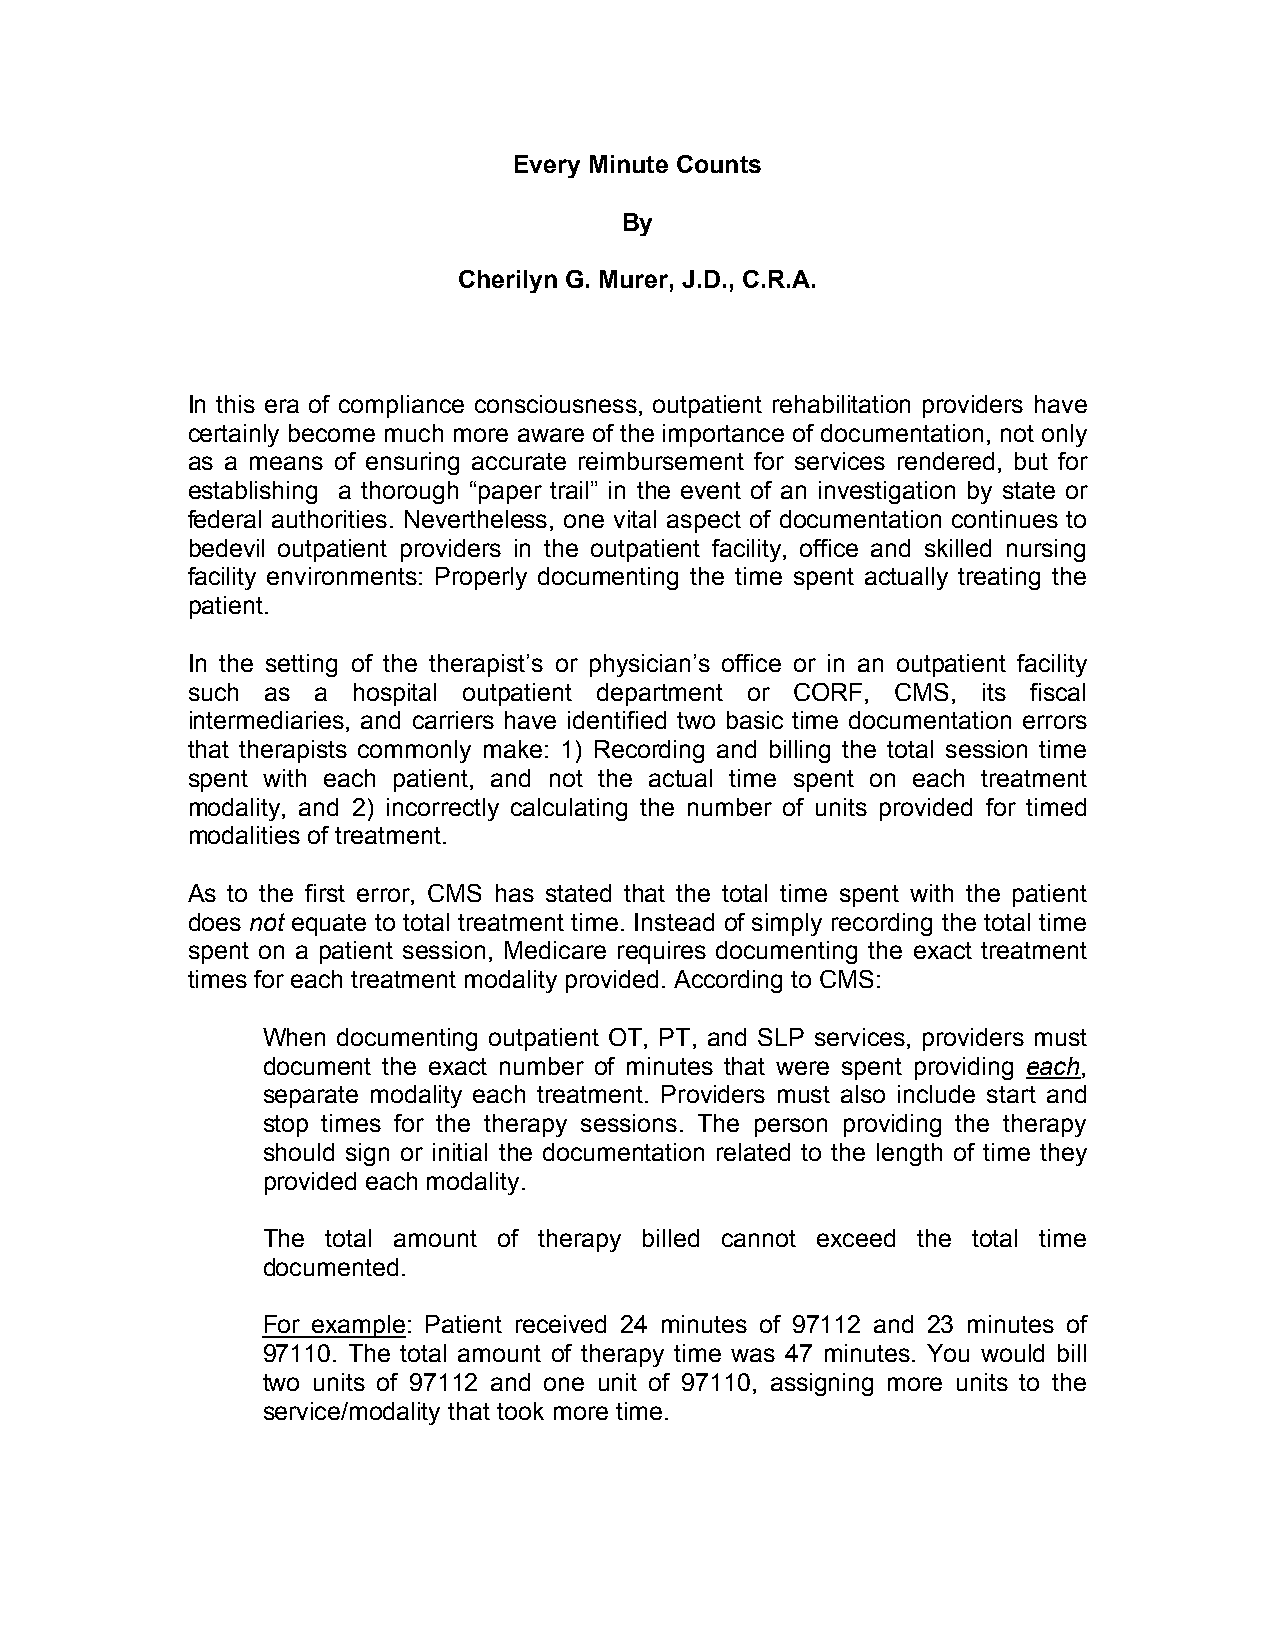
Every Minute Counts
 By
 Cherilyn G. Murer, J.D., C.R.A.
 In this era of compliance consciousness, outpatient rehabilitation providers have
 certainly become much more aware of the importance of documentation, not only
 as a means of ensuring accurate reimbursement for services rendered, but for
 establishing a thorough “paper trail” in the event of an investigation by state or
 federal authorities. Nevertheless, one vital aspect of documentation continues to
 bedevil outpatient providers in the outpatient facility, office and skilled nursing
 facility environments: Properly documenting the time spent actually treating the
 patient.
 In the setting of the therapist’s or physician’s office or in an outpatient facility
 such as  a hospital outpatient department or CORF, CMS, its fiscal
 intermediaries, and carriers have identified two basic time documentation errors
 that therapists commonly make: 1) Recording and billing the total session time
 spent with each patient, and not the actual time spent on each treatment
 modality, and 2) incorrectly calculating the number of units provided for timed
 modalities of treatment.
 As to the first error, CMS has stated that the total time spent with the patient
 does not equate to total treatment time. Instead of simply recording the total time
 spent on a patient session, Medicare requires documenting the exact treatment
 times for each treatment modality provided. According to CMS:
 When documenting outpatient OT, PT, and SLP services, providers must
 document the exact number of minutes that were spent providing each,
 separate modality each treatment. Providers must also include start and
 stop times for the therapy sessions. The person providing the therapy
 should sign or initial the documentation related to the length of time they
 provided each modality.
 The  total amount of therapy billed cannot exceed the total time
 documented.
 For example: Patient received 24 minutes of 97112 and 23 minutes of
 97110. The total amount of therapy time was 47 minutes. You would bill
 two units of 97112 and one unit of 97110, assigning more units to the
 service/modality that took more time.